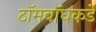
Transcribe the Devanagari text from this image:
टॉमबॉघकडे